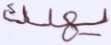
يهلك